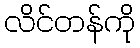
လိင်တန်ကို